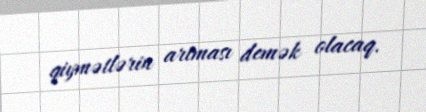
qiymətlərin artması demək olacaq.